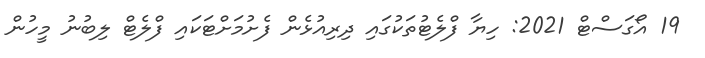
19 އޯގަސްޓް 2021: ހިޔާ ފްލެޓުތަކުގައި ދިރިއުޅެން ފެށުމަށްޓަކައި ފްލެޓް ލިބުނު މީހުން